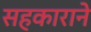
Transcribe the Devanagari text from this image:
सहकाराने